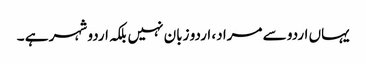
یہاں اردو سے مراد، اردو زبان نہیں بلکہ اردو شہر ہے ۔